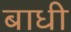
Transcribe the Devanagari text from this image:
बाधी